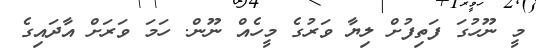
މީ ނޫހުގަ ފަތިފުށް ލިޔާ ވަރުގެ މީހެއް ނޫން. ހަމަ ވަރަށް އާދައިގެ